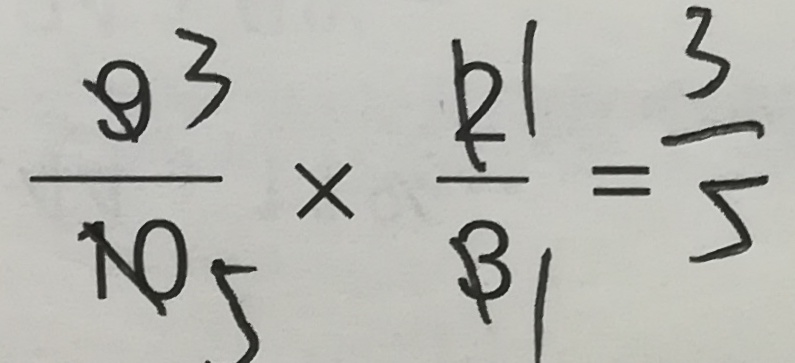
\frac { 9 } { 1 0 } \times \frac { 2 } { 3 } = \frac { 3 } { 5 }